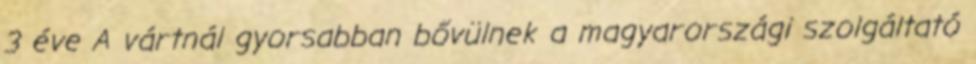
3 éve A vártnál gyorsabban bővülnek a magyarországi szolgáltató